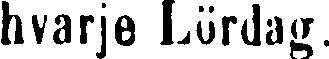
hvarje Lördag.